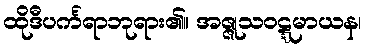
ထိုဒီပင်္ကရာဘုရား၏။ အဇ္ဇုသဝဋ္ဋမာယန၊